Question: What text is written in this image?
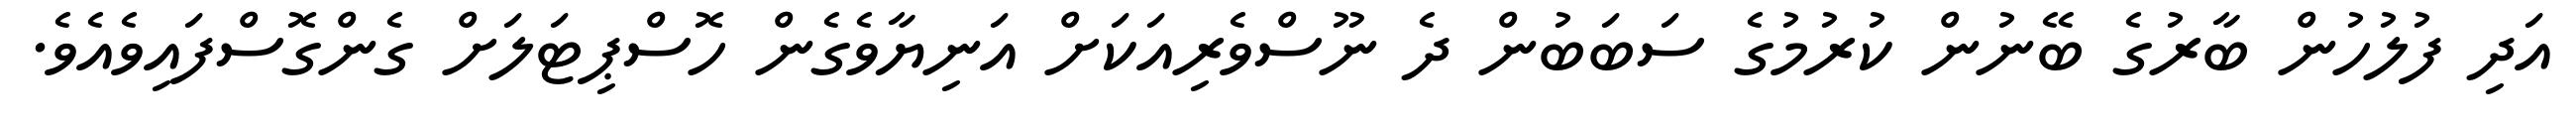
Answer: އަދި ފުލުހުން ބާރުގެ ބޭނުން ކުރުމުގެ ސަބަބުން ދެ ނޫސްވެރިއަކަށް އަނިޔާވެގެން ހޮސްޕިޓަލަށް ގެންގޮސްފައިވެއެވެ.